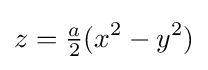
z={\tfrac {a}{2}}(x^{2}-y^{2})